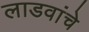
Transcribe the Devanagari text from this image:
लाडवांचे